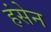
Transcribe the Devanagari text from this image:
हंसेन